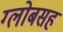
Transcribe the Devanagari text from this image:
ग्लोबसह